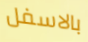
بالاسفل